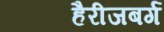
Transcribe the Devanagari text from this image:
हैरीजबर्ग